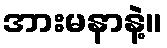
အားမနာနဲ့။